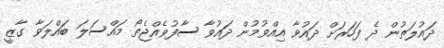
ދައުލަތުން ދެ ފަހަރަށް ދައުވާ އިއްވުމުން ދައުވާ ސާފުވެއްޖެތޯ މައްސަލަ ބައްލަވާ ގާޒީ